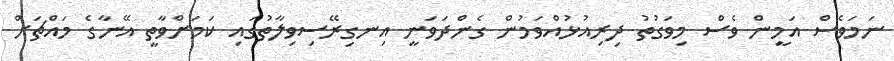
ނަމަވެސް އަމީން ވެސް މިވަގުތު ދިރިއުޅުއްވަމުން ގެންދަވަނީ އިނގިރޭސިވިލާތުގައި ކަމަށްވާތީ އޭނާގެ މައްޗަށް